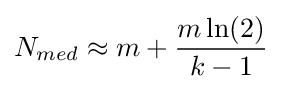
N_{med}\approx m+{\frac {m\ln(2)}{k-1}}